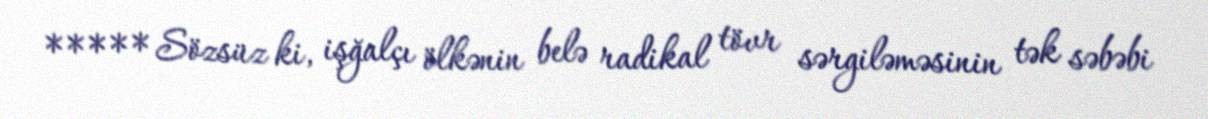
***** Sözsüz ki, işğalçı ölkənin belə radikal tövr sərgiləməsinin tək səbəbi